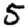
Digit: 5